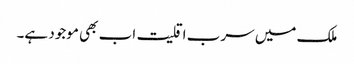
ملک میں سرب اقلیت اب بھی موجود ہے۔